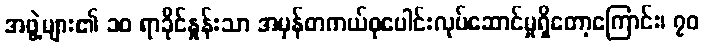
အဖွဲ့များ၏ ၁၀ ရာခိုင်နှုန်းသာ အမှန်တကယ်စုပေါင်းလုပ်ဆောင်မှုရှိတော့ကြောင်း၊ ၇၀